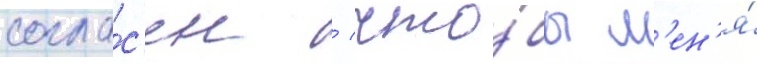
согла́с'ен / что́бы м'ен'я́